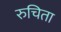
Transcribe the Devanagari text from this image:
रुचिता